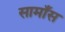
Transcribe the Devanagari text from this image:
सामाँस